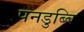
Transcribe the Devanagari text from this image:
पनडुब्बि